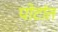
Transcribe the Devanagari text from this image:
पोटांत